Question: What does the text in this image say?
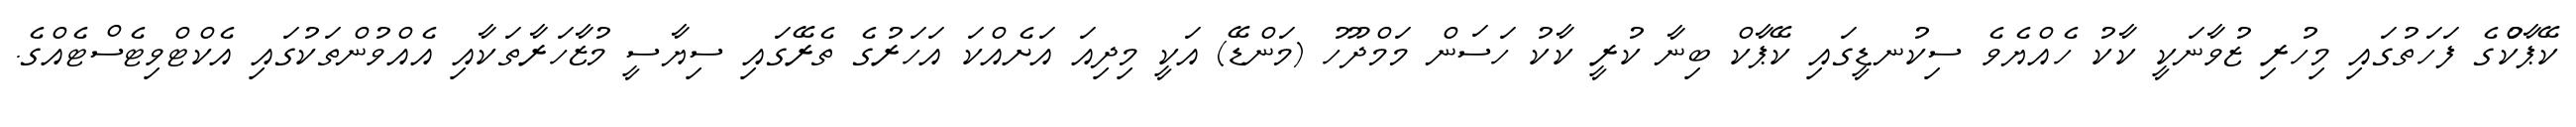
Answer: ކޭޕާކްުގެ ފަހަތުގައި މިހުރި ޒުވާނަކީ ކާކު ހެއްޔެވެ ސިކުނޑީގައި ކޭޕާކް ބިނާ ކުރީ ކާކު ހަސަން މަމްދޫހު (މަންޑޭ) އަކީ މިދިއަ އަށެއްކަ އަހަރުގެ ތެރޭގައި ސިޔާސީ މުޒާހަރާތަކާއި އެއްވުންތަކުގައި އެކްޓްވިޓެސްޓެއްގެ.